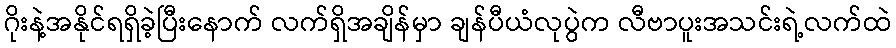
ဂိုးနဲ့အနိုင်ရရှိခဲ့ပြီးနောက် လက်ရှိအချိန်မှာ ချန်ပီယံလုပွဲက လီဗာပူးအသင်းရဲ့လက်ထဲ